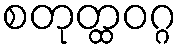
စတုတ္ထဝဂ္ဂ